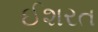
ઈશરત